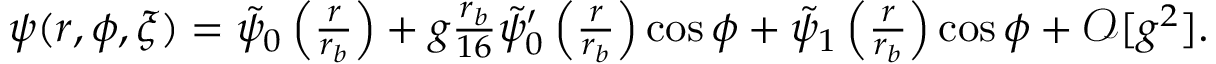
\begin{array} { r } { \psi ( r , \phi , \xi ) = \tilde { \psi } _ { 0 } \left( \frac { r } { r _ { b } } \right) + g \frac { r _ { b } } { 1 6 } \tilde { \psi } _ { 0 } ^ { \prime } \left( \frac { r } { r _ { b } } \right) \cos \phi + \tilde { \psi } _ { 1 } \left( \frac { r } { r _ { b } } \right) \cos \phi + \mathcal { O } [ g ^ { 2 } ] . } \end{array}